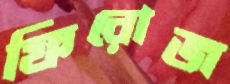
ফিরোজ